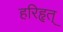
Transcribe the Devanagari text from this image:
हरिहृत्